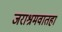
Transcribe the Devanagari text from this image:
जराश्रमवातहा